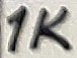
Text: 1K